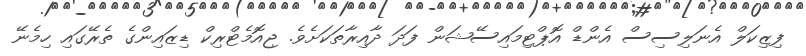
ފިޒިކަލް އެނަލިސިސް އެންޑް އޮޕްޓިމައިސޭޝަން ފަދަ ދާއިރާތަކަށެވެ. ޖިއޮމެޓްރިކް ޑިޒައިންގެ ތެރޭގައި ހިމެނޭ